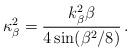
LaTeX: \begin{align*}\kappa_{\beta}^{2}=\frac{k_{\beta}^{2}\beta}{4\sin (\beta^{2}/8)}\,.\end{align*}